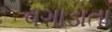
વગાડાતા